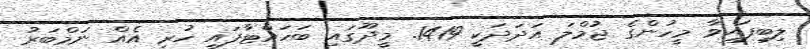
ލިބިފައިވާ މީހުންގެ ޖުމްލަ އަދަދަކީ 1419. މީދޫގައި ބަހައްޓާފައި ހުރި އެއް ނަމްބަރު